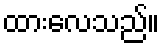
ထားလေသည်။